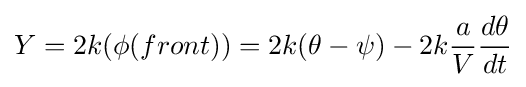
Y=2k(\phi (front))=2k(\theta -\psi )-2k{\frac {a}{V}}{\frac {d\theta }{dt}}